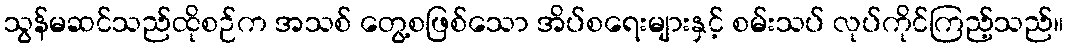
သွန်မဆင်သည်ထိုစဉ်က အသစ် တွေ့စဖြစ်သော အိပ်စရေးများနှင့် စမ်းသပ် လုပ်ကိုင်ကြည့်သည်။